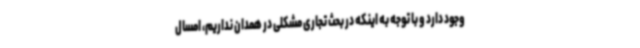
وجود دارد و با توجه به اینکه در بحث تجاری مشکلی در همدان نداریم، امسال